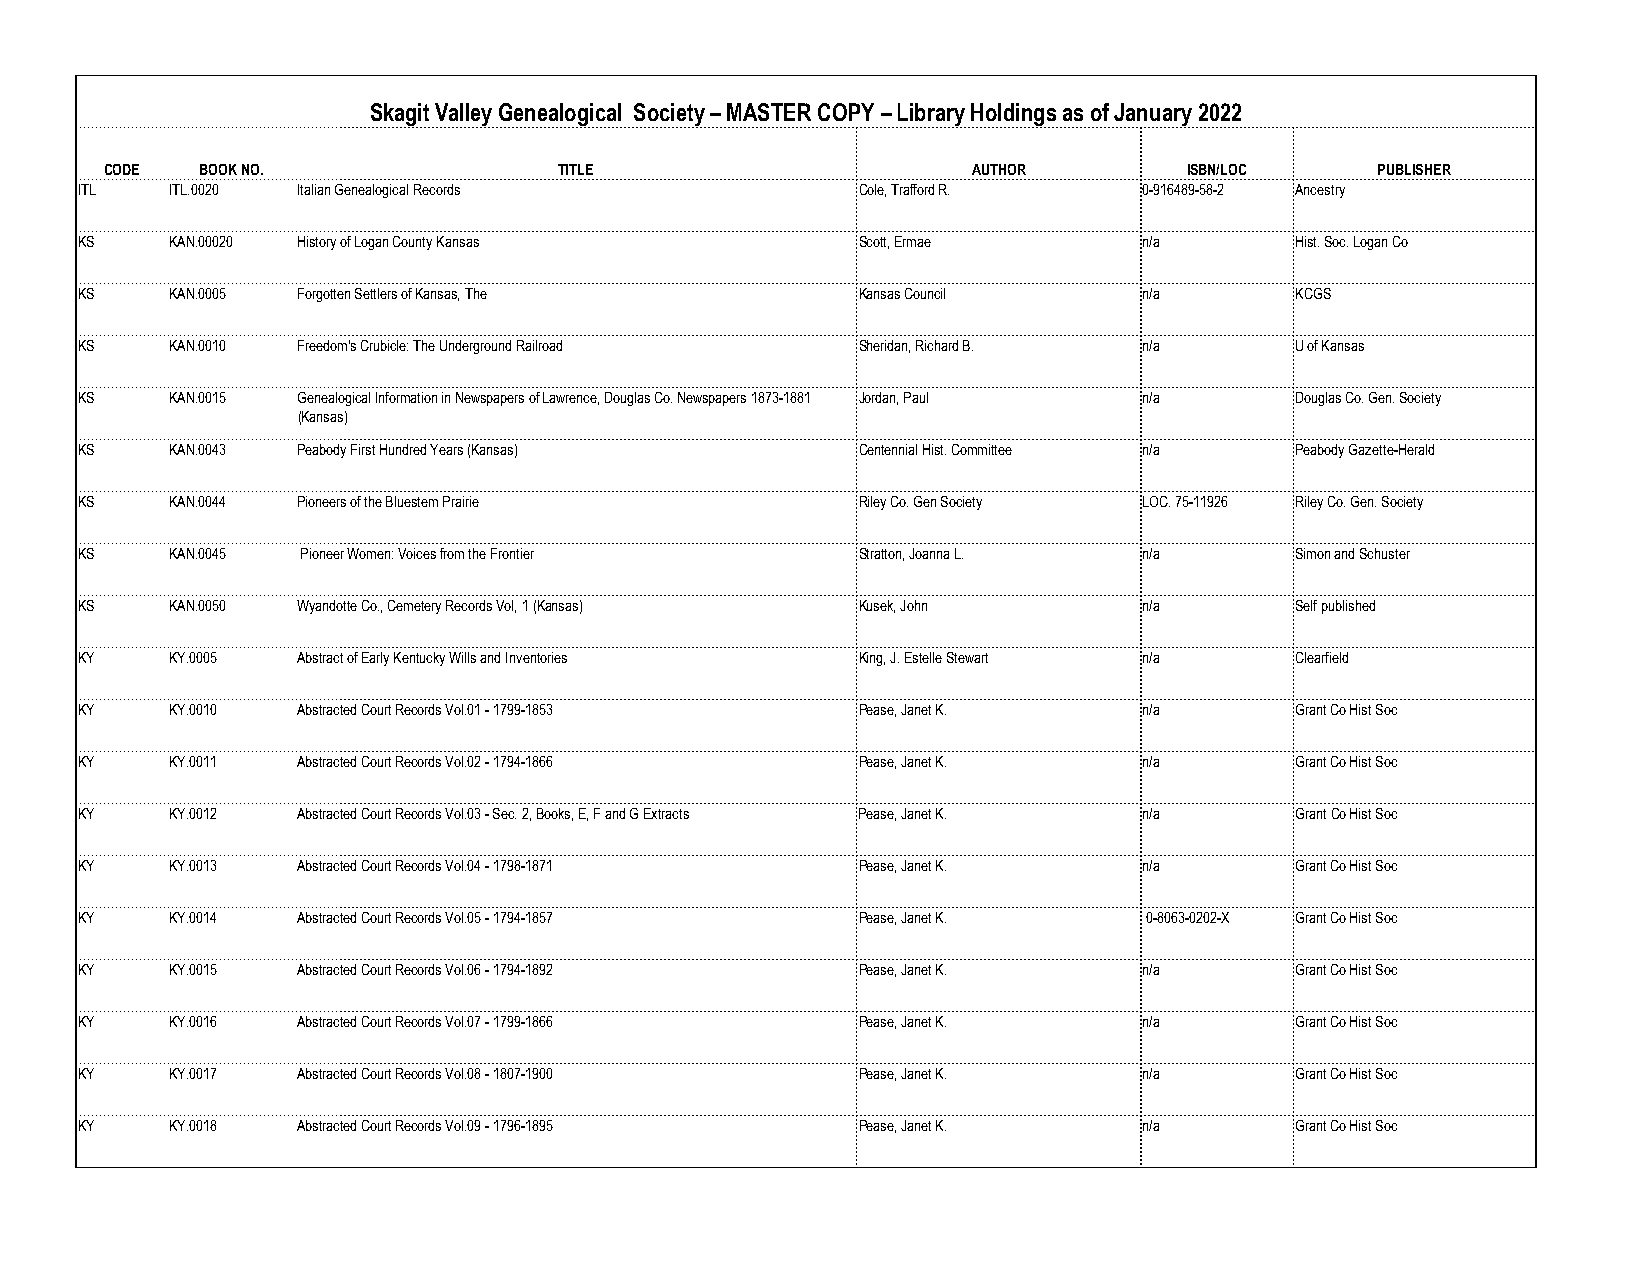
Skagit Valley Genealogical Society – MASTER COPY – Library Holdings as of January 2022
 CODE  BOOK NO.                TITLE                      AUTHOR         ISBN/LOC    PUBLISHER
 ITL   ITL.0020 Italian Genealogical Records         Cole, Trafford R.  0-916489-58-2 Ancestry
 KS    KAN.00020 History of Logan County Kansas      Scott, Ermae       n/a       Hist. Soc. Logan Co
 KS    KAN.0005 Forgotten Settlers of Kansas, The    Kansas Council     n/a       KCGS
 KS    KAN.0010 Freedom's Crubicle: The Underground Railroad Sheridan, Richard B. n/a U of Kansas
 KS    KAN.0015 Genealogical Information in Newspapers of Lawrence, Douglas Co. Newspapers 1873-1881 Jordan, Paul n/a Douglas Co. Gen. Society
 (Kansas)
 KS    KAN.0043 Peabody First Hundred Years (Kansas) Centennial Hist. Committee n/a Peabody Gazette-Herald
 KS    KAN.0044 Pioneers of the Bluestem Prairie     Riley Co. Gen Society LOC. 75-11926 Riley Co. Gen. Society
 KS    KAN.0045 Pioneer Women: Voices from the Frontier Stratton, Joanna L. n/a   Simon and Schuster
 KS    KAN.0050 Wyandotte Co., Cemetery Records Vol, 1 (Kansas) Kusek, John n/a   Self published
 KY    KY.0005  Abstract of Early Kentucky Wills and Inventories King, J. Estelle Stewart n/a Clearfield
 KY    KY.0010  Abstracted Court Records Vol.01 - 1799-1853 Pease, Janet K. n/a   Grant Co Hist Soc
 KY    KY.0011  Abstracted Court Records Vol.02 - 1794-1866 Pease, Janet K. n/a   Grant Co Hist Soc
 KY    KY.0012  Abstracted Court Records Vol.03 - Sec. 2, Books, E, F and G Extracts Pease, Janet K. n/a Grant Co Hist Soc
 KY    KY.0013  Abstracted Court Records Vol.04 - 1798-1871 Pease, Janet K. n/a   Grant Co Hist Soc
 KY    KY.0014  Abstracted Court Records Vol.05 - 1794-1857 Pease, Janet K. 0-8063-0202-X Grant Co Hist Soc
 KY    KY.0015  Abstracted Court Records Vol.06 - 1794-1892 Pease, Janet K. n/a   Grant Co Hist Soc
 KY    KY.0016  Abstracted Court Records Vol.07 - 1799-1866 Pease, Janet K. n/a   Grant Co Hist Soc
 KY    KY.0017  Abstracted Court Records Vol.08 - 1807-1900 Pease, Janet K. n/a   Grant Co Hist Soc
 KY    KY.0018  Abstracted Court Records Vol.09 - 1796-1895 Pease, Janet K. n/a   Grant Co Hist Soc